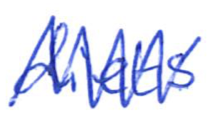
Text: diets
Cross-out: zig-zag
Writing tool: ballpoint